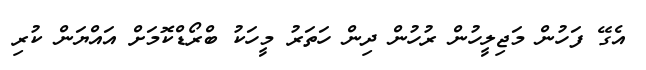
އެގޭ ފަހުން މަޖިލީހުން ރުހުން ދިން ހަތަރު މީހަކު ބްރޯޑްކޮމަށް އައްޔަން ކުރި